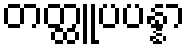
တတ္ထူပပန္နာ